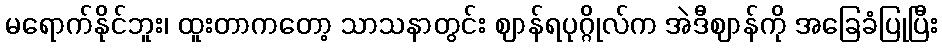
မရောက်နိုင်ဘူး၊ ထူးတာကတော့ သာသနာတွင်း ဈာန်ရပုဂ္ဂိုလ်က အဲဒီဈာန်ကို အခြေခံပြုပြီး